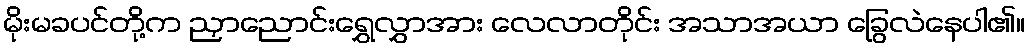
မိုးမခပင်တို့က ညှာညောင်းရွှေလွှာအား လေလာတိုင်း အသာအယာ ခြွေလဲနေပါ၏။